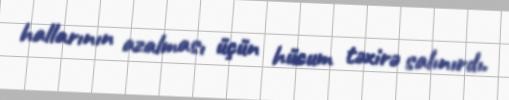
hallarının azalması üçün hücum təxirə salınırdı.